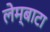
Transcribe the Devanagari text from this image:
लेम्बाटा